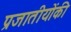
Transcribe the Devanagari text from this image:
प्रजातीयोंकी